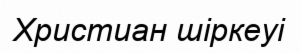
Христиан шіркеуі